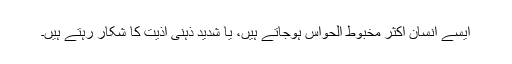
ایسے انسان اکثر مخبوط الحواس ہوجاتے ہیں، یا شدید ذہنی اذیت کا شکار رہتے ہیں۔